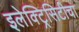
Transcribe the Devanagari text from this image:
इलेक्ट्रिसिटीचा